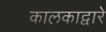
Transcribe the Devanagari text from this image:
कालकाद्वारे